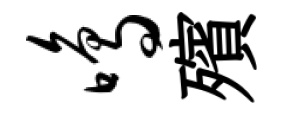
鸣殯